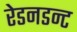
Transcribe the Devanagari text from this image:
रेडनडन्ट